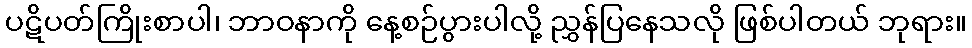
ပဋိပတ်ကြိုးစာပါ၊ ဘာဝနာကို နေ့စဉ်ပွားပါလို့ ညွှန်ပြနေသလို ဖြစ်ပါတယ် ဘုရား။